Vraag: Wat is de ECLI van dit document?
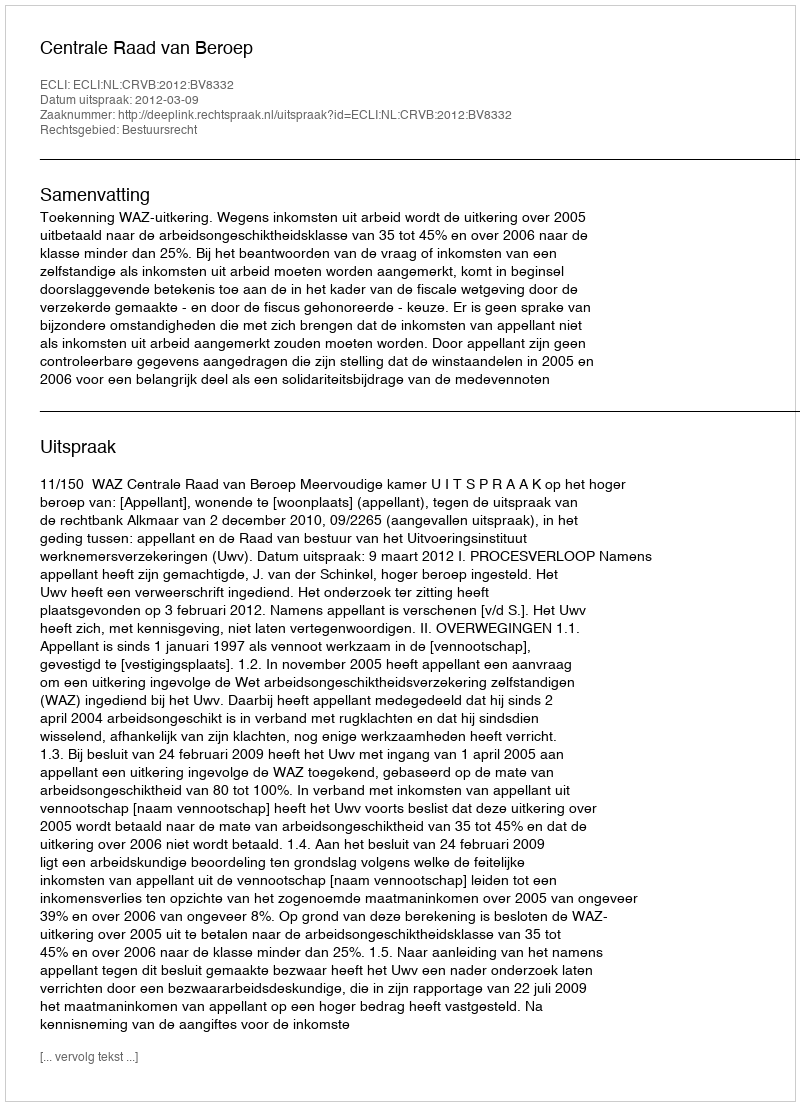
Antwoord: ECLI:NL:CRVB:2012:BV8332